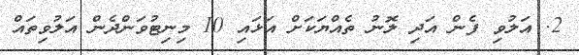
2. އަލުވި ފެން އަދި ލޮނު ތެއްޔަކަށް އަޅައި 10 މިނިޓުވަންދެން އަލުވިތައް